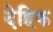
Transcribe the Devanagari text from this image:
देहिक